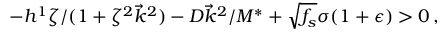
- h ^ { 1 } \zeta / ( 1 + \zeta ^ { 2 } \vec { k } ^ { 2 } ) - D \vec { k } ^ { 2 } / M ^ { * } + \sqrt { f _ { s } } \sigma ( 1 + \epsilon ) > 0 \, ,